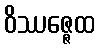
ဝိဿဇ္ဇေထ